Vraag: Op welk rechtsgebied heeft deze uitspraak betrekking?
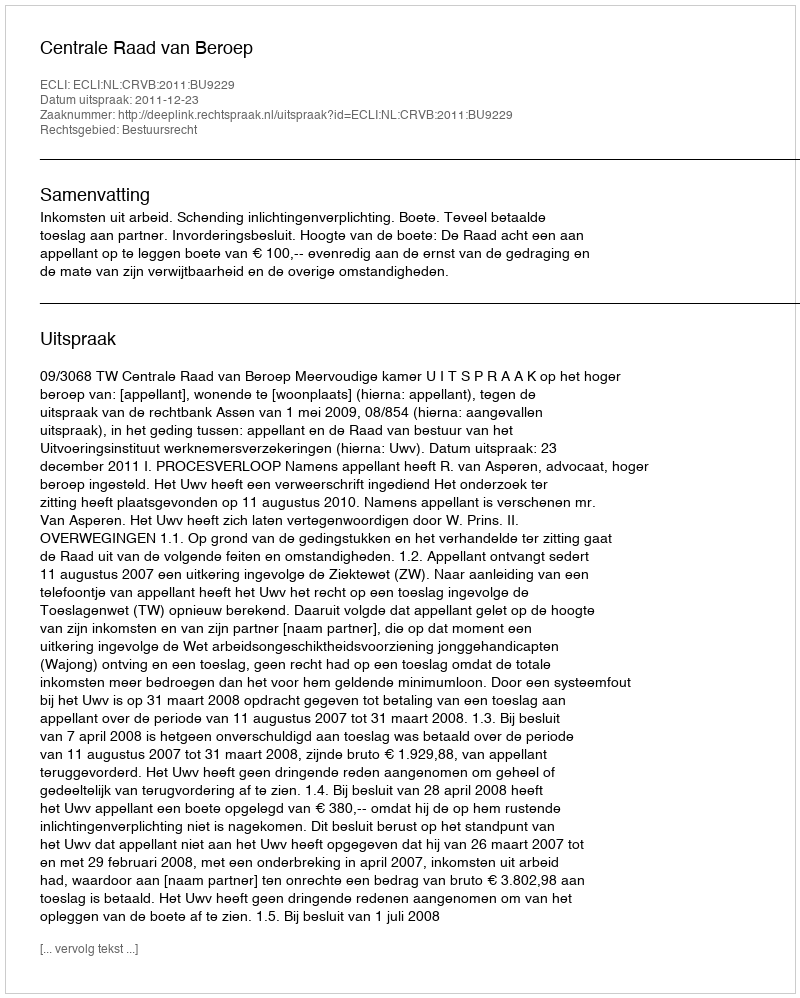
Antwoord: Bestuursrecht